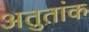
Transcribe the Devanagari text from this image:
अतुतांक